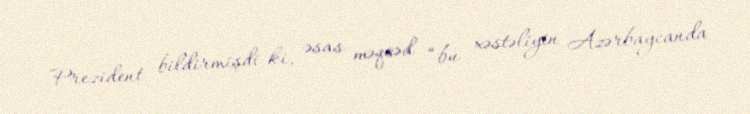
Prezident bildirmişdi ki, əsas məqsəd “bu xəstəliyin Azərbaycanda